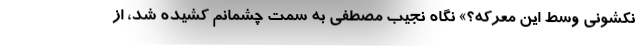
نکشونی وسط این معرکه؟» نگاه نجیب مصطفی به سمت چشمانم کشیده شد، از